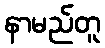
နာမည်တူ